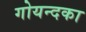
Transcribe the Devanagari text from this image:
गोयन्‍दका